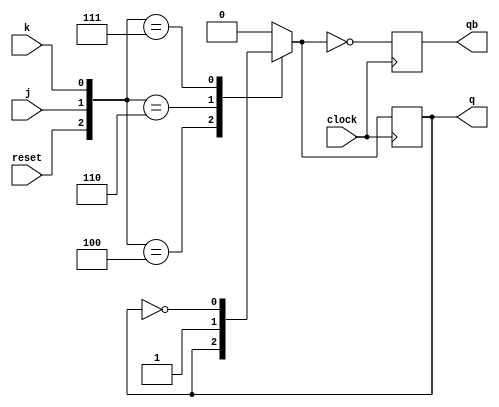
module jkff(j,k,clock,reset,q,qb);
input j,k,clock,reset;
output reg q,qb;
always@(negedge clock)
begin
case({reset,j,k})
3'b100 :q=q;
3'b101 :q=0;
3'b110 :q=1;
3'b111 :q=~q;
default: q = 0;
endcase
qb=~q;
end
endmodule


module ripple_counter(j,k,clock,reset,q,qb);
input j,k,clock,reset;
output wire [3:0]q,qb;
jkff l1(j,k,clock,reset,q[0],qb[0]);
jkff l2(j,k,q[0],reset,q[1],qb[1]);
jkff l3(j,k,q[1],reset,q[2],qb[2]);
jkff l4(j,k,q[2],reset,q[3],qb[3]);
endmodule